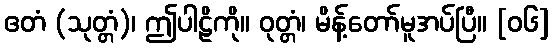
ဧတံ (သုတ္တံ)၊ ဤပါဠိကို။ ဝုတ္တံ၊ မိန့်တော်မူအပ်ပြီ။ [၀၆]